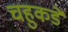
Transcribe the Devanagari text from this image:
चहुकडे